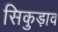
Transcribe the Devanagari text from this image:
सिकुड़ाव